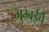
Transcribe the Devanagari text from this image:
मुम्बईचे